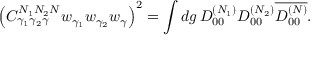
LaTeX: \nonumber \left( C _ { \gamma _ { 1 } \gamma _ { 2 } \gamma } ^ { N _ { 1 } N _ { 2 } N } w _ { \gamma _ { 1 } } w _ { \gamma _ { 2 } } w _ { \gamma } \right) ^ { 2 } = \int d g \, D _ { 0 0 } ^ { ( N _ { 1 } ) } D _ { 0 0 } ^ { ( N _ { 2 } ) } \overline { { { D _ { 0 0 } ^ { ( N ) } } } } .